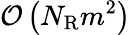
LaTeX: \mathcal{O}\left(N_{\mathrm{R}}m^{2}\right)